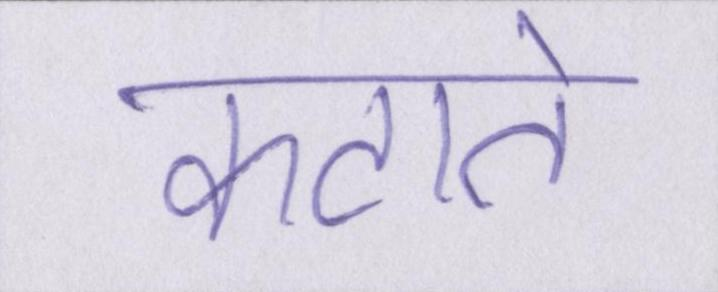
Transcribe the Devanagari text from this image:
कटाते